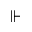
\Vdash